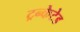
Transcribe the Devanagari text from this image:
ट्रन्केटेड